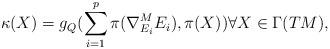
LaTeX: \begin{align*}\kappa(X)=g_Q(\sum_{i=1}^p\pi(\nabla^M_{E_i}E_i),\pi(X)) \forall X\in \Gamma (TM),\end{align*}